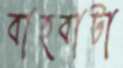
বাহবাটা